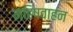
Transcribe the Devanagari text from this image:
महिषवाहन